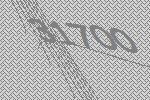
31700